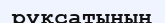
рұқсатының